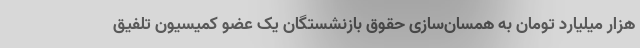
هزار میلیارد تومان به همسان‌سازی حقوق بازنشستگان یک عضو کمیسیون تلفیق